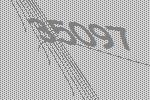
35097